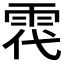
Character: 𩂠